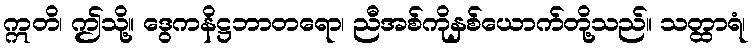
ဣတိ၊ ဤသို့။ ဒွေကနိဋ္ဌဘာတရော၊ ညီအစ်ကိုနှစ်ယောက်တို့သည်။ သတ္ထာရံ၊